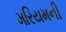
મરિયમની